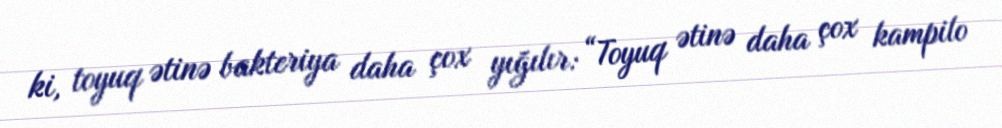
ki, toyuq ətinə bakteriya daha çox yığılır: “Toyuq ətinə daha çox kampilo